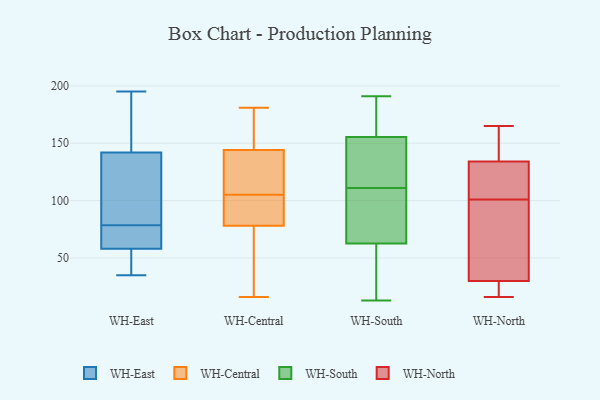
{"axis": {"x": "Churn Rate (%)", "y": "Value"}, "legend": ["WH-Central", "WH-East", "WH-North", "WH-South"], "data": [{"x": "", "y": 83, "type": "WH-East"}, {"x": "", "y": 70, "type": "WH-East"}, {"x": "", "y": 195, "type": "WH-East"}, {"x": "", "y": 35, "type": "WH-East"}, {"x": "", "y": 166, "type": "WH-East"}, {"x": "", "y": 43, "type": "WH-East"}, {"x": "", "y": 142, "type": "WH-East"}, {"x": "", "y": 74, "type": "WH-East"}, {"x": "", "y": 58, "type": "WH-East"}, {"x": "", "y": 100, "type": "WH-East"}, {"x": "", "y": 171, "type": "WH-Central"}, {"x": "", "y": 73, "type": "WH-Central"}, {"x": "", "y": 73, "type": "WH-Central"}, {"x": "", "y": 153, "type": "WH-Central"}, {"x": "", "y": 111, "type": "WH-Central"}, {"x": "", "y": 99, "type": "WH-Central"}, {"x": "", "y": 110, "type": "WH-Central"}, {"x": "", "y": 16, "type": "WH-Central"}, {"x": "", "y": 127, "type": "WH-Central"}, {"x": "", "y": 106, "type": "WH-Central"}, {"x": "", "y": 144, "type": "WH-Central"}, {"x": "", "y": 181, "type": "WH-Central"}, {"x": "", "y": 99, "type": "WH-Central"}, {"x": "", "y": 78, "type": "WH-Central"}, {"x": "", "y": 165, "type": "WH-Central"}, {"x": "", "y": 80, "type": "WH-Central"}, {"x": "", "y": 30, "type": "WH-Central"}, {"x": "", "y": 104, "type": "WH-Central"}, {"x": "", "y": 29, "type": "WH-South"}, {"x": "", "y": 146, "type": "WH-South"}, {"x": "", "y": 104, "type": "WH-South"}, {"x": "", "y": 92, "type": "WH-South"}, {"x": "", "y": 191, "type": "WH-South"}, {"x": "", "y": 121, "type": "WH-South"}, {"x": "", "y": 76, "type": "WH-South"}, {"x": "", "y": 27, "type": "WH-South"}, {"x": "", "y": 118, "type": "WH-South"}, {"x": "", "y": 13, "type": "WH-South"}, {"x": "", "y": 175, "type": "WH-South"}, {"x": "", "y": 165, "type": "WH-South"}, {"x": "", "y": 49, "type": "WH-South"}, {"x": "", "y": 177, "type": "WH-South"}, {"x": "", "y": 140, "type": "WH-South"}, {"x": "", "y": 89, "type": "WH-South"}, {"x": "", "y": 86, "type": "WH-North"}, {"x": "", "y": 163, "type": "WH-North"}, {"x": "", "y": 132, "type": "WH-North"}, {"x": "", "y": 116, "type": "WH-North"}, {"x": "", "y": 165, "type": "WH-North"}, {"x": "", "y": 118, "type": "WH-North"}, {"x": "", "y": 24, "type": "WH-North"}, {"x": "", "y": 59, "type": "WH-North"}, {"x": "", "y": 30, "type": "WH-North"}, {"x": "", "y": 25, "type": "WH-North"}, {"x": "", "y": 134, "type": "WH-North"}, {"x": "", "y": 40, "type": "WH-North"}, {"x": "", "y": 16, "type": "WH-North"}, {"x": "", "y": 137, "type": "WH-North"}]}